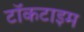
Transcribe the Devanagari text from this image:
टॉकटाइम